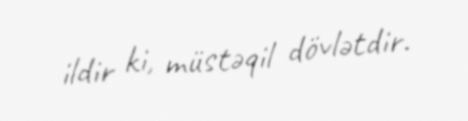
ildir ki, müstəqil dövlətdir.